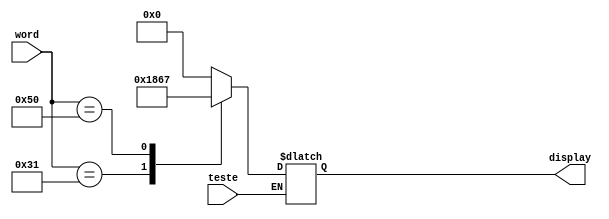
module decoder(
    input [7:0] word, //Para 1 byte
	 //input [15:0] doubleWord, //Para 2 bytes
    output reg [6:0] display,
	 input teste
);

    always @(*) 
		begin
		if (teste == 1'b1)
			begin
			  case (word)
					8'b00110001: display <= 7'b0110000; //Caractere 1 exibe 1 no display.
					8'b01010000: display <= 7'b1100111; //Caractere P exibe P no display.
					default: display <= 7'b0000000; // Valor padro se nenhum caso coincidir.
			  endcase
			  //case (doubleWord)
			//		16'b0011000100110001: display <= 7'b1011011; //Caractere 11 exibe S no display.
				//	default: display <= 7'b0000000; // Valor padro se nenhum caso coincidir.
				//endcase
			end
		end

endmodule